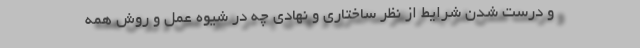
و درست شدن شرایط از نظر ساختاری و نهادی چه در شیوه عمل و روش همه